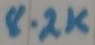
Text: 8.2K